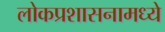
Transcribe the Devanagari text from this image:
लोकप्रशासनामध्ये